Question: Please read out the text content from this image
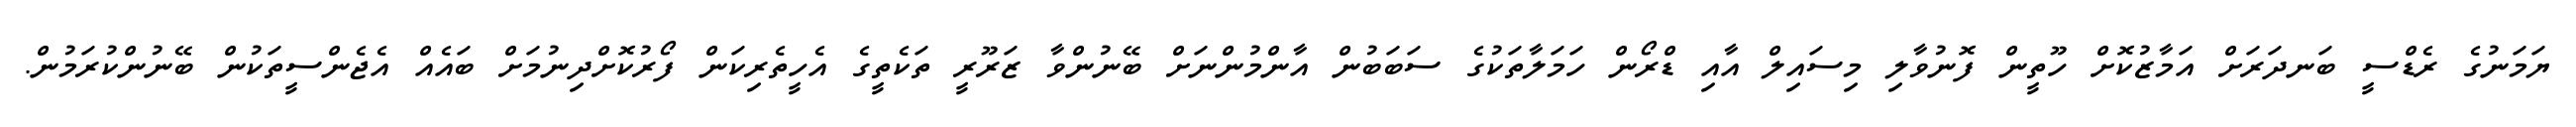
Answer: ޔަމަނުގެ ރެޑްސީ ބަނދަރަށް އަމާޒުކޮށް ހޫތީން ފޮނުވާލި މިސައިލް އާއި ޑްރޯން ހަމަލާތަކުގެ ސަބަބުން އާންމުންނަށް ބޭނުންވާ ޒަރޫރީ ތަކެތީގެ އެހީތެރިކަން ފޯރުކޮށްދިނުމަށް ބައެއް އެޖެންސީތަކުން ބޭނުންކުރަމުން.